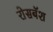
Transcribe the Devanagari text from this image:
रोसबॅश